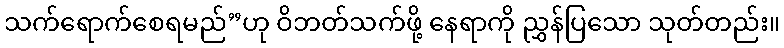
သက်ရောက်စေရမည်”ဟု ဝိဘတ်သက်ဖို့ နေရာကို ညွှန်ပြသော သုတ်တည်း။